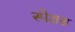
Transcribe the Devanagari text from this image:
स्पेशस